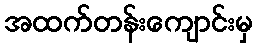
အထက်တန်းကျောင်းမှ